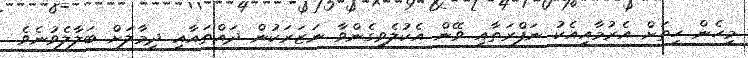
މިހެން ހިތަށް އެރުމާއިއެކު ނަފްރަތާއި ވޭން އެކުލެވިގެންވާ ނަޒަރަކުން ދައްތައާއި ދިމާލަށް ބަލާލެވުނެވެ.